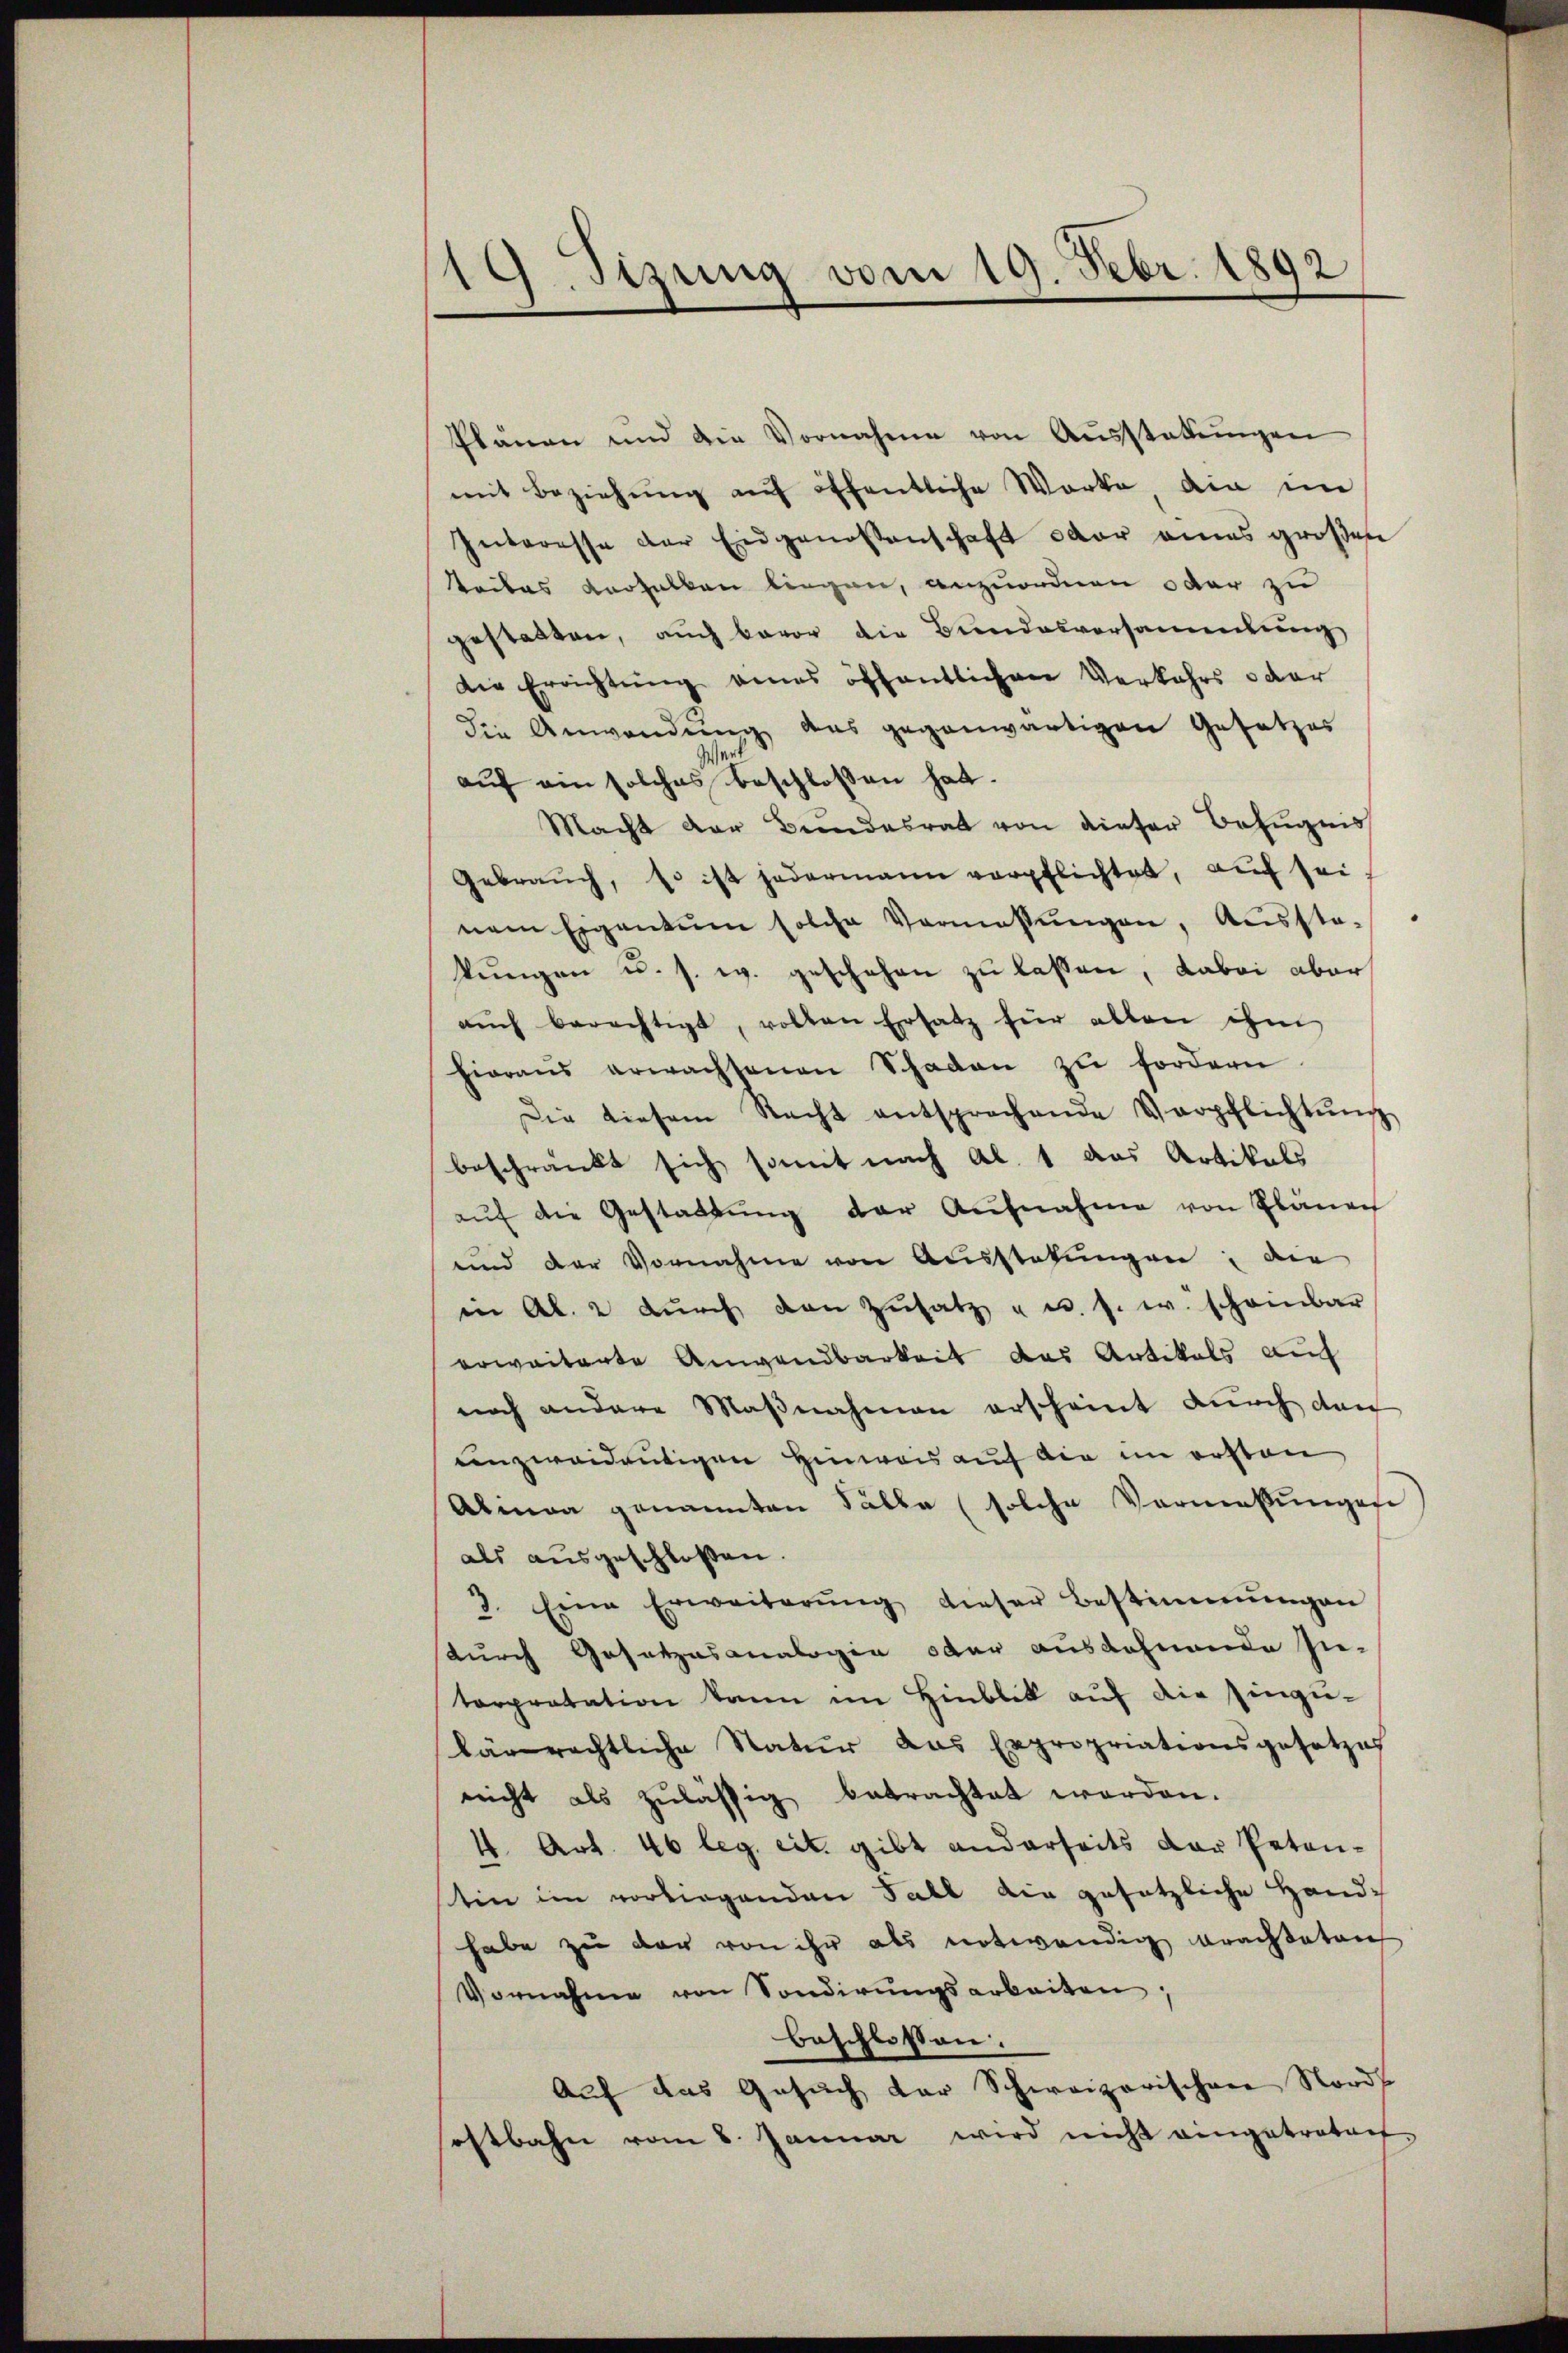
G.Stzung vom 19. Febr. 1892

Plänen und die Vornahme von Aŭsstattŭngen
mit Beziehung auf öffentliche Worte die im
Interesse der Eidgenossenschaft oder eines großen
eibes verhalten liegen, anzuordnen oder zu
gestatten, auch bevor die Bundesversammlung
Die Errichtung eines öffentlichen Verkehrs oder
die Anwendŭng des gegenwärtigen Gesetzes
auf ein solches beschlossen hat.
Macht der Bundesrat von dieser Befugnis
Gebrauch, so ist jedermann verpflichtet, aŭf sei.
nem Eigentum solche Vermassŭngen, Aussta-
kŭngen u. s. w. geschehen zu lassen, dabei aber
aŭch berechtigt, vollen Ersatz für allen ihm
hieraŭs erwachsenen Schaden zu fordern
Die diesem Nacht entsprechende Verpflichtŭng
beschränkt sich somit nach Al. 1 das Artikals
aŭf die Gestattŭng der Aŭfnahme von Pläne
und der Vornahme von Ausstatŭngen; die
in Al. 2 dŭrch den Zŭsatz " u. s. w. schonar
erweiterte Anwendbarkeit das Artikals auf
noch andere Maßnahmen erscheint durch dan
enzweideutigen Hinweis auf die im ersten
Abmaa genannten Fälle (solche Vermeßungen
als ausgeschlossen.
3. Eine Erweiterŭng dieser Bestimmungen
durch Gesetzesanalogen oder ausdehnende Zu-
terpretation kann im Hinblik auf die Einzulärrechtliche Natur das Expropriationsgesetzes
nicht als zulässig betrachtet werden.
4 Art. 46 leg. cit. gibt anderseits der Petenstin im vorliegenden Fall die gesetzliche Handhabe zu der von ihr als notwendig erachteten
Vornahme von Sonderŭngsarbeiten,
beschlossen:
Auf das Gesuch der Schweizerischen Nords
ostbahn vom 8. Januar wird nicht eingetretent-